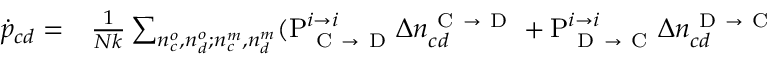
\begin{array} { r l } { \dot { p } _ { c d } = } & { { } \frac { 1 } { N k } \sum _ { n _ { c } ^ { o } , n _ { d } ^ { o } ; n _ { c } ^ { m } , n _ { d } ^ { m } } ( \mathrm { P } _ { \mathrm { ~ C ~ } \rightarrow \mathrm { ~ D ~ } } ^ { i \rightarrow i } \Delta n _ { c d } ^ { \mathrm { ~ C ~ } \rightarrow \mathrm { ~ D ~ } } + \mathrm { P } _ { \mathrm { ~ D ~ } \rightarrow \mathrm { ~ C ~ } } ^ { i \rightarrow i } \Delta n _ { c d } ^ { \mathrm { ~ D ~ } \rightarrow \mathrm { ~ C ~ } } } \end{array}